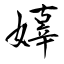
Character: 嫴